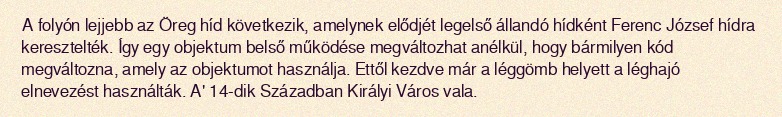
A folyón lejjebb az Öreg híd következik, amelynek elődjét legelső állandó hídként Ferenc József hídra keresztelték. Így egy objektum belső működése megváltozhat anélkül, hogy bármilyen kód megváltozna, amely az objektumot használja. Ettől kezdve már a léggömb helyett a léghajó elnevezést használták. A' 14-dik Században Királyi Város vala.